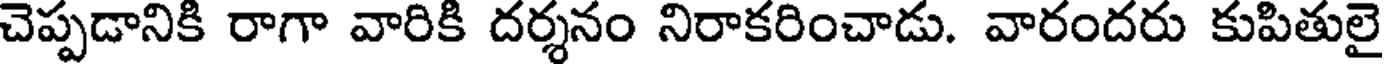
చెప్పడానికి రాగా వారికి దర్శనం నిరాకరించాడు. వారందరు కుపితులై